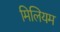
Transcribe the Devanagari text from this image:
मिलियम